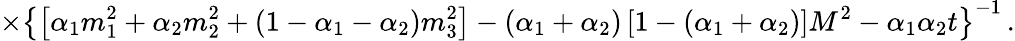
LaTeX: \times\left\{ \left[\alpha_{1}m_{1}^{2}+\alpha_{2}m_{2}^{2}+(1-\alpha_{1}-\alpha_{2})m_{3}^{2}\right]-(\alpha_{1}+\alpha_{2})\left[1-(\alpha_{1}+\alpha_{2})\right]M^{2}-\alpha_{1}\alpha_{2}t\right\} ^{-1}\, .